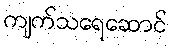
ကျက်သရေဆောင်